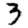
Digit: 3